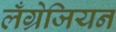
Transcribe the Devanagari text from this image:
लँग्रेजियन